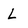
Character: L